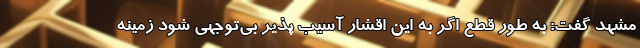
مشهد گفت: به طور قطع اگر به این اقشار آسیب پذیر بی‌توجهی شود زمینه